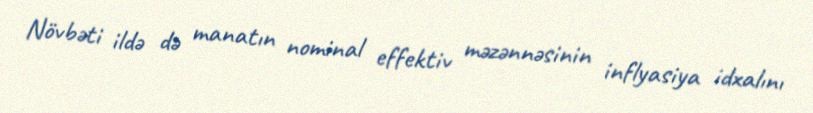
Növbəti ildə də manatın nominal effektiv məzənnəsinin inflyasiya idxalını